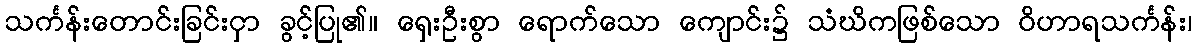
သင်္ကန်းတောင်းခြင်းငှာ ခွင့်ပြု၏။ ရှေးဦးစွာ ရောက်သော ကျောင်း၌ သံဃိကဖြစ်သော ဝိဟာရသင်္ကန်း၊